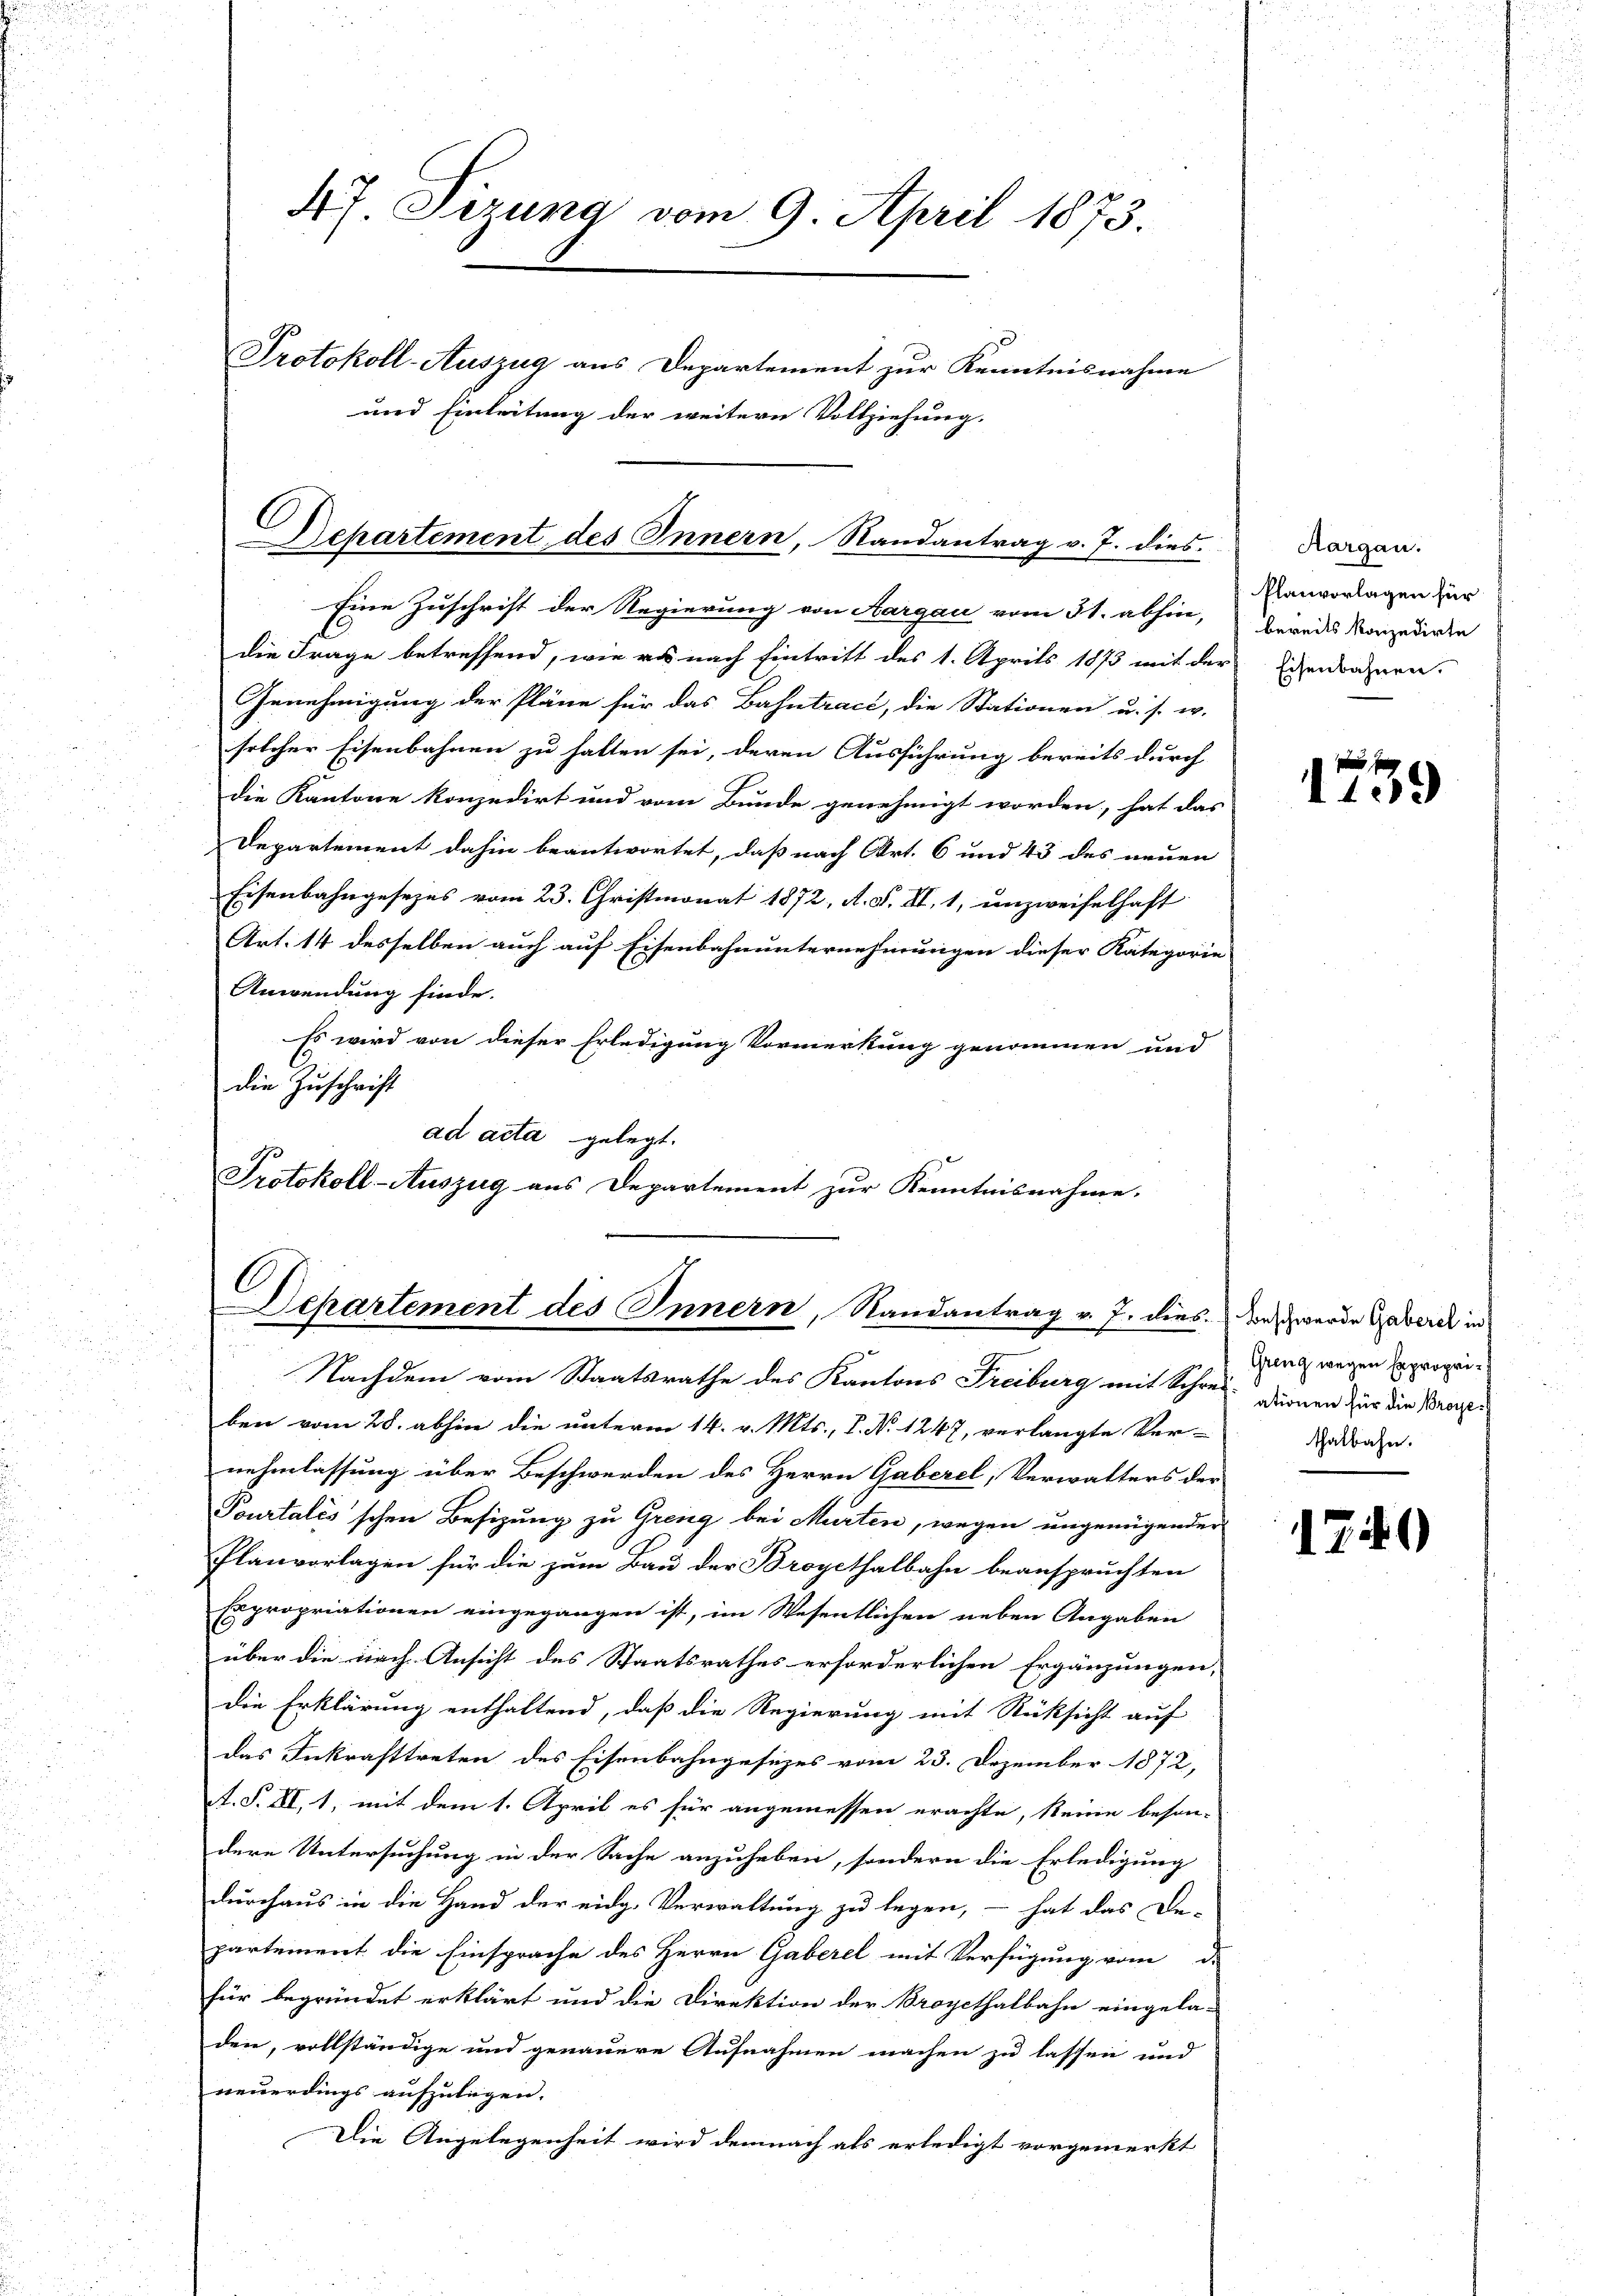
Departement des Innern, Randantrag v. 7. dies

Eine Zuschrift der Regierung von Aargau vom 31. abhin,
die Frage betreffend, wie er nach Eintritt des 1. Aprils 1873 mit der
Genehmigung der Pläne für das Bahntract, die Stationen u. s. w.
solcher Eisenbahnen zu halten sei, deren Ausführung bereits durch
die Kantone konzedirt und vom Bunde genehmigt worden, hat das
Departement dahin beantwortet, daß nach Art. 6 und 43 des neuen
Eisenbahngesezes vom 23. Christmonat 1872, A. F. II, 1, unzweifelhaft
Art. 14 desselben auch auf Eisenbahnunternehmungen dieser Kategorie
Anwendung finde.
Es wird von dieser Erledigung Vormerkung genommen und
die Zuschrift
ad acta gelegt.
Protokoll-Auszug aus Departement zur Kenntnisnahme.

C
Departement des Innern, Randantrag v. 7. dies

47. Sizung vom 9. April 1873.
Protokoll-Auszug aus Departement zur Kenntnisnahme
und Einleitung der weitern Vollziehung,

Nachdem vom Staatsrathe des Kantons Freiburg mit Schreiben vom 28. abhin die unterm 14. v. Mts., P. No 1247, verlangte Ver-
nehmlassung über Beschwerden des Herrn Gaberel, Verwalters der
Pourtalis'schen Besizung zu Greng bei Murten, wegen ungenügender
Planvorlagen für die zum Bau der Broyethalbahn beanspruchten
Expropriationen eingegangen ist, im Wesentlichen neben Angaben
über die nach Ansicht des Staatsrathes erforderlichen Ergänzungen,
die Erklärung enthaltend, daß die Regierung mit Rücksicht auf
das Inkrafttreten des Eisenbahngesezes vom 23. Dezember 1872,
t. S. XI, 1, mit dem 1. April es für angemessen erachte, keine beson-
dere Untersuchung in der Sache anzuheben, sondern die Erledigung
durchaus in die Hand der eidg. Verwaltung zu legen, – hat das De-
partement die Einsprache des Herrn Gaberel mit Verfügung vom d.
für begründet erklärt und die Direktion der Broycthalbahn eingela-
den, vollständige und genauere Aufnahmen machen zu lassen und
neuerdings aufzulegen.
Die Angelegenheit wird demnach als erledigt vorgemerkt

Aargau.
Planvorlagen für
bereits konzedirte
Eisenbahnen.

109

Beschwerde Gaberel in
Greng wegen Expropriationen für die Broye
thalbahn.

1749